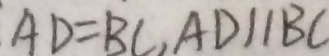
A D = B C , A D / / B C